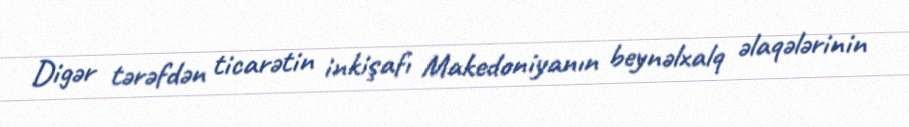
Digər tərəfdən ticarətin inkişafı Makedoniyanın beynəlxalq əlaqələrinin